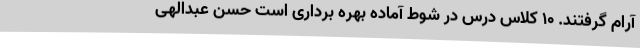
آرام گرفتند. 10 کلاس درس در شوط آماده بهره برداری است حسن عبدالهی